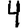
Digit: 4